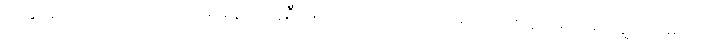
အခြားသော တိုင်းရင်းသားများအနက် လူဦးရေ များပြားသော တိုင်းရင်းသားလူမျိုးများမှာ ကျွမ်းလူမျိုး ၁၆